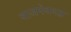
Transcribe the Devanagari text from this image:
वाजपेययज्ञ